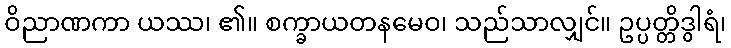
ဝိညာဏကာ ယဿ၊ ၏။ စက္ခာယတနမေဝ၊ သည်သာလျှင်။ ဥပ္ပတ္တိဒွါရံ၊